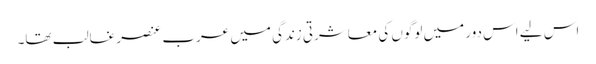
اس لیے اس دور میں لوگوں کی معاشرتی زندگی میں عرب عنصر غالب تھا۔